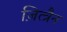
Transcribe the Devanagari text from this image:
ज़ित्त्रैन